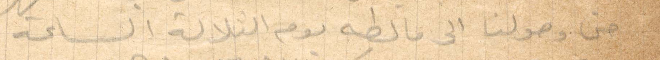
حتى وصولنا الى مالطه يوم الثلالة الساعة